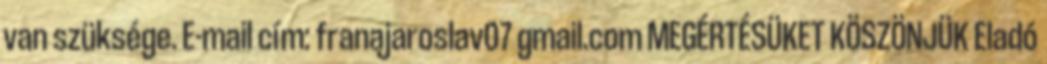
van szüksége. E-mail cím: franajaroslav07 gmail.com MEGÉRTÉSÜKET KÖSZÖNJÜK Eladó